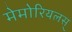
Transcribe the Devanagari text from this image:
मेमोरियलस्